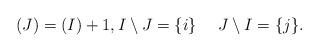
LaTeX: \begin{align*} (J)=(I)+1, I \setminus J=\{i\} \ \ \ \ J \setminus I=\{j\}.\end{align*}